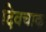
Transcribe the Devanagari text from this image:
दिवचाक